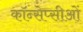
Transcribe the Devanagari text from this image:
कॉन्सेप्सीओं